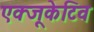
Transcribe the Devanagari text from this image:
एक्‍जूकेटिव